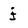
Character: j